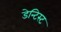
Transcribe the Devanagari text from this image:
डेन्टिस्ट